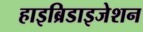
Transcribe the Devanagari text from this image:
हाइब्रिडाइजेशन